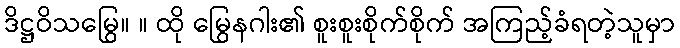
ဒိဋ္ဌဝိသမြွေ။ ။ ထို မြွေနဂါး၏ စူးစူးစိုက်စိုက် အကြည့်ခံရတဲ့သူမှာ